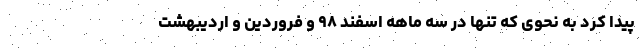
پیدا کرد به نحوی که تنها در سه ماهه اسفند ۹۸ و فروردین و اردیبهشت